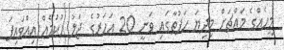
މީހެއްގެ މައްޗަށް މިދިޔަ ހަފުތާގައި ވަނީ 20 އަހަރުގެ ޖަލު ހުކުމެއް އިއްވައިފަ